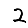
Digit: 2